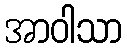
အာဝါသာ